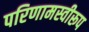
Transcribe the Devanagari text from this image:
परिणामस्वीरूप